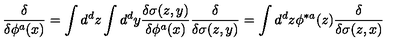
{ \frac { \delta } { \delta \phi ^ { a } ( x ) } } = \int d ^ { d } z \int d ^ { d } y { \frac { \delta \sigma ( z , y ) } { \delta \phi ^ { a } ( x ) } } { \frac { \delta } { \delta \sigma ( z , y ) } } = \int d ^ { d } z \phi ^ { * a } ( z ) { \frac { \delta } { \delta \sigma ( z , x ) } }